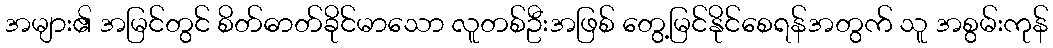
အများ၏ အမြင်တွင် စိတ်ဓာတ်ခိုင်မာသော လူတစ်ဦးအဖြစ် တွေ့မြင်နိုင်စေရန်အတွက် သူ အစွမ်းကုန်